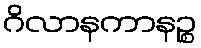
ဂိလာနကာနဉ္စ